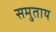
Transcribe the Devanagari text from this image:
समुताय